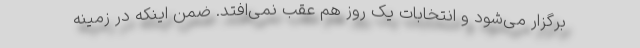
برگزار می‌شود و انتخابات یک روز هم عقب نمی‌افتد. ضمن اینکه در زمینه